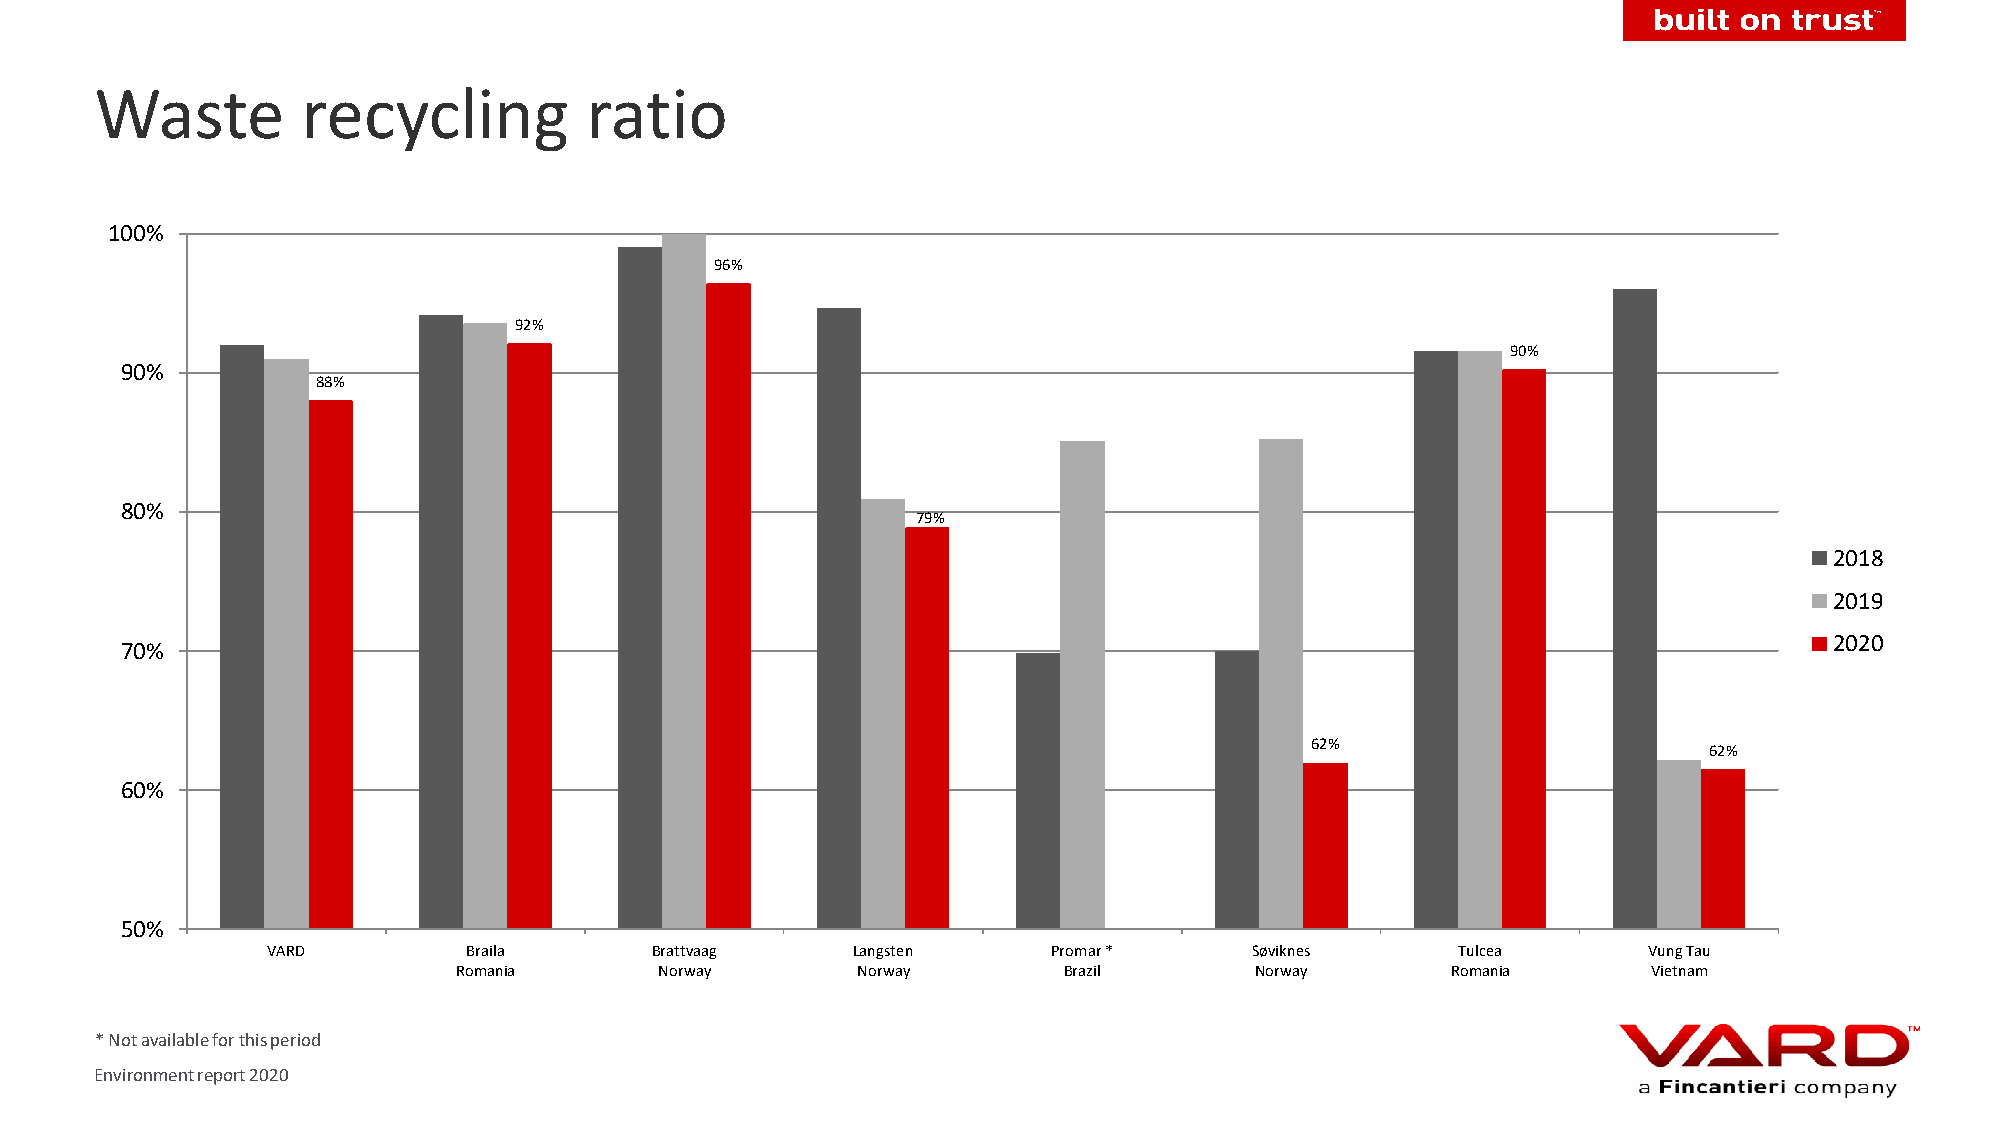
Waste         recycling          ratio
 100%
 96%
 92%
 90%
 90%
 88%
 80%
 79%
 2018
 2019
 2020
 70%
 62%
 62%
 60%
 50%
 VARD         Braila      Brattvaag    Langsten      Promar *     Søviknes      Tulcea      Vung Tau
 Romania       Norway       Norway       Brazil       Norway       Romania      Vietnam
 * Not available for this period
 Environment report 2020